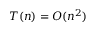
T ( n ) = O ( n ^ { 2 } )